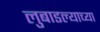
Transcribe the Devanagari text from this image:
लुबाडल्याच्या